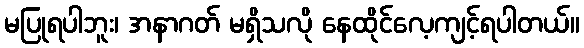
မပြုရပါဘူး၊ အနာဂတ် မရှိသလို နေထိုင်လေ့ကျင့်ရပါတယ်။